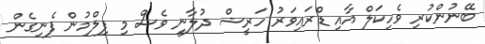
ބޭނުންކުރި ވެހިކަލް އާއި ޑްރައިވަރު ހަރީޝް ދުލާނީ ވެސް މި ފިލްމުން ފެނިގެން